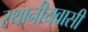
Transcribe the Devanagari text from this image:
स्थानीयवासी